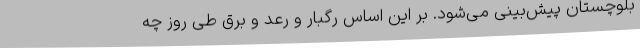
بلوچستان پیش‌بینی می‌شود. بر این اساس رگبار و رعد و برق طی روز چه